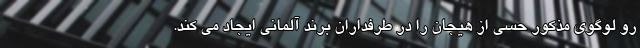
رو لوگوی مذکور حسی از هیجان را در طرفداران برند آلمانی ایجاد می کند.